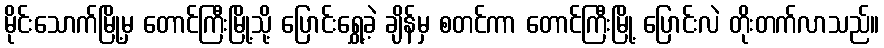
မိုင်းသောက်မြို့မှ တောင်ကြီးမြို့သို့ ပြောင်းရွှေ့ခဲ့ ချိန်မှ စတင်ကာ တောင်ကြီးမြို့ ပြောင်းလဲ တိုးတက်လာသည်။